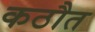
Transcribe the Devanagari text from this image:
कठौत